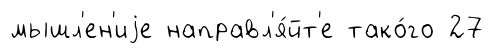
мышл'ен'иjе направл'я́йт'е тако́го 27